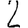
Digit: 2